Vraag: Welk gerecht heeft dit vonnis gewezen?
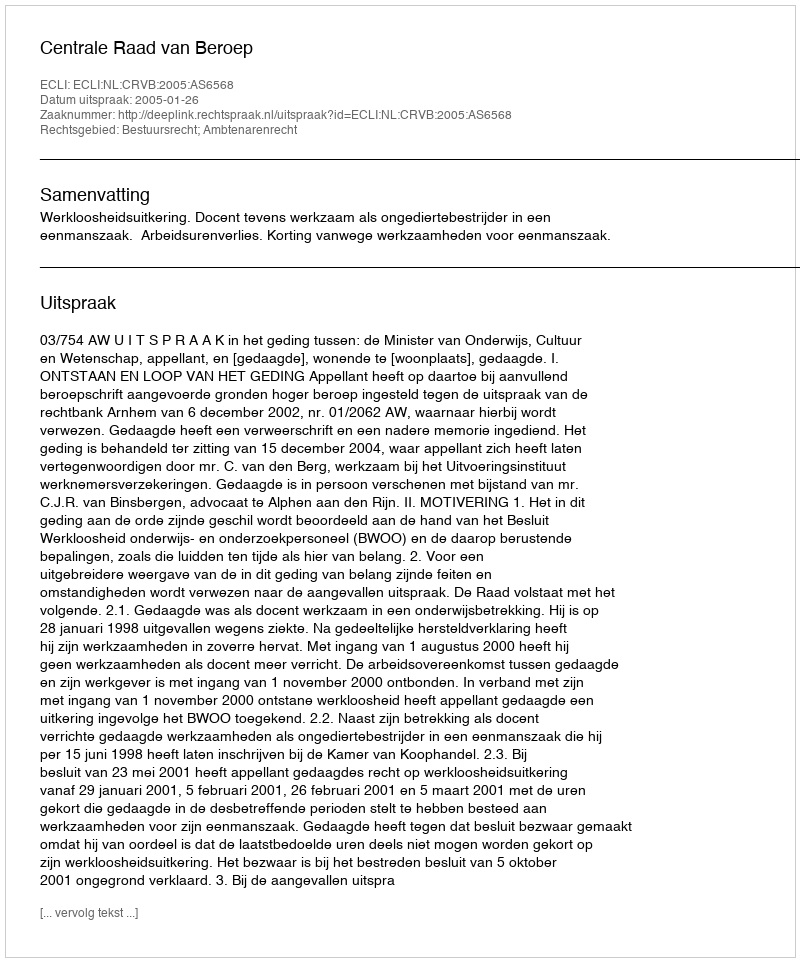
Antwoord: Centrale Raad van Beroep